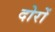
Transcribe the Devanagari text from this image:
दोरों